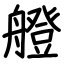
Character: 艠